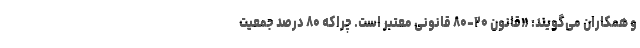
و همکاران می‌گویند: «قانون ۲۰-۸۰ قانونی معتبر است. چراکه ۸۰ درصد جمعیت